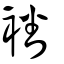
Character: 襎